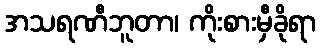
အသရဏီဘူတာ၊ ကိုးစားမှီခိုရာ